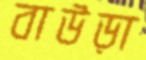
বাউড়া